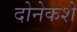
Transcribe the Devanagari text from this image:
दोनेकशे